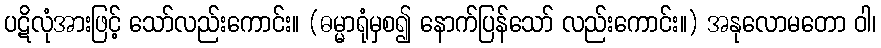
ပဋိလုံအားဖြင့် သော်လည်းကောင်း။ (ဓမ္မာရုံမှစ၍ နောက်ပြန်သော် လည်းကောင်း။) အနုလောမတော ဝါ၊